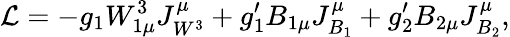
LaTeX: \mathcal{L}=-g_{1}W_{1\mu}^{3}J_{W^{3}}^{\mu}+g_{1}^{\prime}B_{1\mu}J_{B_{1}}^{\mu}+g_{2}^{\prime}B_{2\mu}J_{B_{2}}^{\mu},